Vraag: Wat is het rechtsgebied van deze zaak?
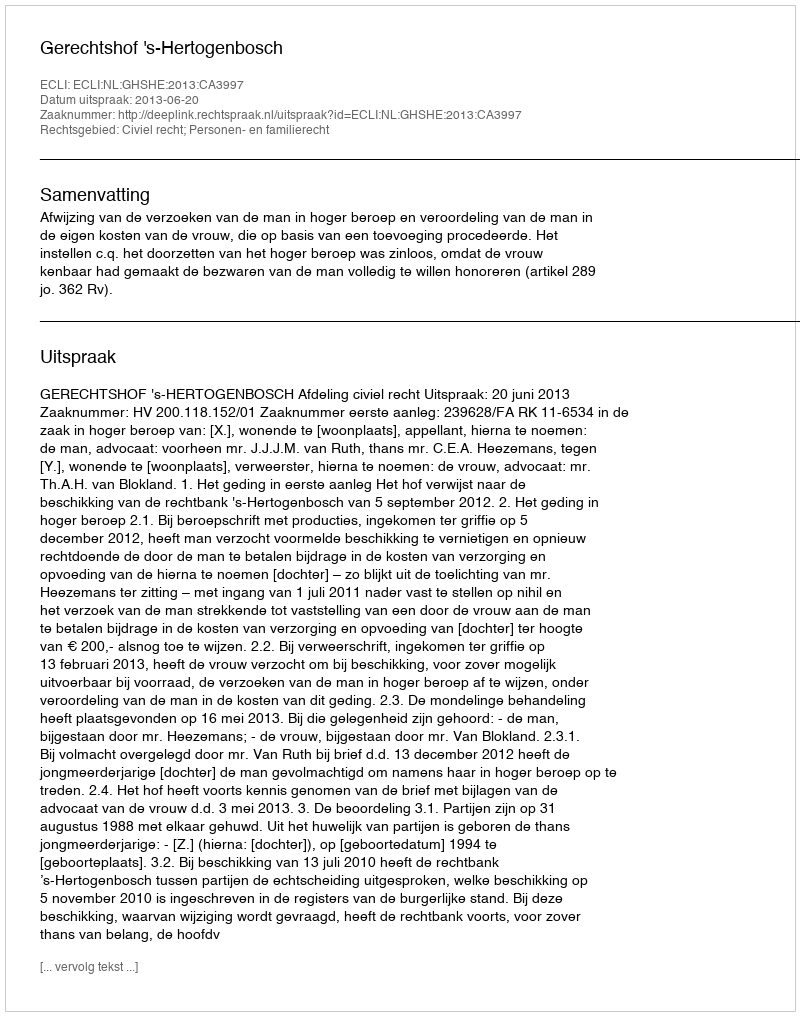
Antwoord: Civiel recht; Personen- en familierecht